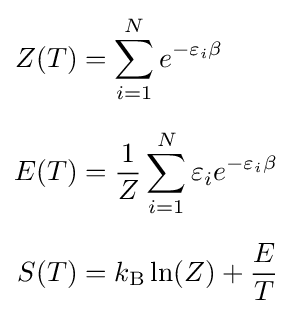
{\begin{aligned}Z(T)&=\sum _{i=1}^{N}e^{-\varepsilon _{i}\beta }\\[6pt]E(T)&={\frac {1}{Z}}\sum _{i=1}^{N}\varepsilon _{i}e^{-\varepsilon _{i}\beta }\\[6pt]S(T)&=k_{\text{B}}\ln(Z)+{\frac {E}{T}}\end{aligned}}